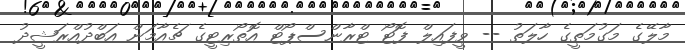
މާލޭގެ މަގުމަތީގެ ހާލަތު -- ވީފައިލް ފޮޓޯ ޓްރާންސްޕޯޓް އޮތޯރިޓީގެ ޗެއާމަން އަބްދުއްރަޝީދު